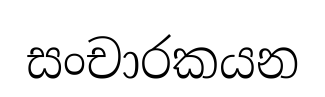
සංචාරකයන